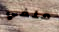
ملفي